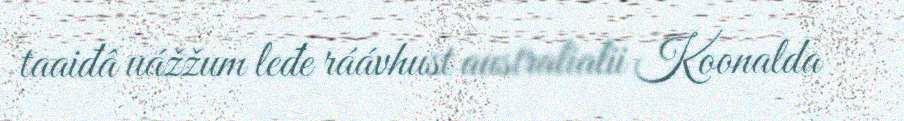
taaiđâ uážžum leđe ráávhust australialii Koonalda